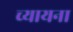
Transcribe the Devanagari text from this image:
च्यायना